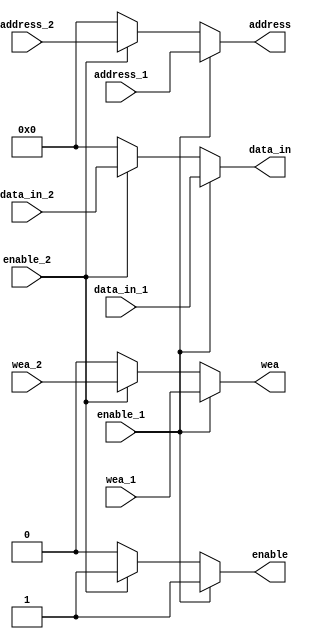
`timescale 1ns / 1ps
//////////////////////////////////////////////////////////////////////////////////
// Company: 
// Engineer: 
// 
// Design Name: 
// Module Name: MAX_output_sram
// Project Name: 
// Target Devices: 
// Tool Versions: 
// Description: 
// 
// Dependencies: 
// 
// Revision:
// Revision 0.01 - File Created
// Additional Comments:
// 
//////////////////////////////////////////////////////////////////////////////////


module MAX_output_sram(
	input 					enable_1,
	input 					wea_1,
	input 			[15:0]	data_in_1,
	input 			[15:0]	address_1,
	input 					enable_2,
	input 					wea_2,
	input 			[15:0]	data_in_2,
	input 			[15:0]	address_2,

	output 	wire			enable,
	output 	wire 			wea,
	output 	wire 	[15:0]	data_in,
	output 	wire 	[15:0]	address
    );

assign enable 	= (enable_1 == 1'b1)?enable_1:(enable_2 == 1'b1)?enable_2:1'b0;
assign wea 		= (enable_1 == 1'b1)?wea_1:(enable_2 == 1'b1)?wea_2:1'b0;
assign data_in 	= (enable_1 == 1'b1)?data_in_1:(enable_2 == 1'b1)?data_in_2:16'h0000;
assign address 	= (enable_1 == 1'b1)?address_1:(enable_2 == 1'b1)?address_2:16'h0000;

endmodule